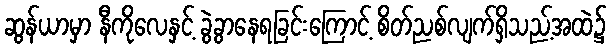
ဆွန်ယာမှာ နီကိုလေနှင့် ခွဲခွာနေရခြင်းကြောင့် စိတ်ညစ်လျက်ရှိသည့်အထဲ၌